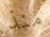
منذ